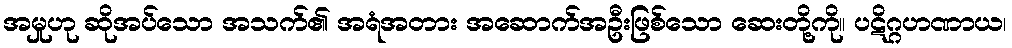
အမှုဟု ဆိုအပ်သော အသက်၏ အရံအတား အဆောက်အဦးဖြစ်သော ဆေးတို့ကို။ ပဋိဂ္ဂဟဏာယ၊